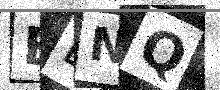
Text: EBNQ